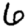
Digit: 6